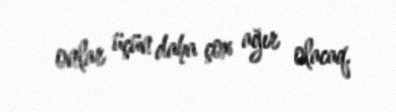
onlar üçün daha çox ağır olacaq.